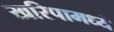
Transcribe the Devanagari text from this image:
खरिपामध्ये